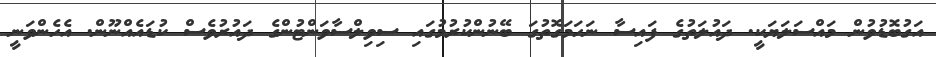
އަގުބޮޑުވުން މައްސަލަޔަކީ. ދައުލަތުގެ ފައިސާ ނަހަމަގޮތުގަ ބޭނުންކުރުމުގައި ސިވިލްސާވަންޓުންގެ ދައުރުވެސް ކުޑައެއްނޫން. އެހެންވަނީ